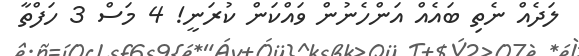
ލަދެއް ނެތި ބައެއް އަންހެނުން ވައްކަން ކުރަނީ! 4 މަސް 3 ހަފްތާ